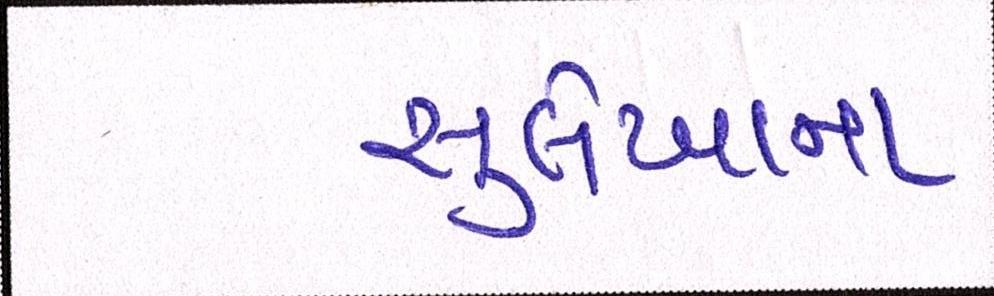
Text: સુલેખાના